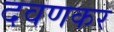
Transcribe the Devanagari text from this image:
दवणकर